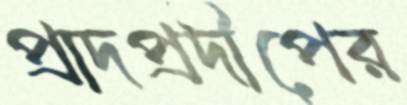
প্রাদপ্রদীপের